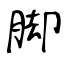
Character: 脚